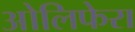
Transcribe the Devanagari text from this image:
ओलिफेरा